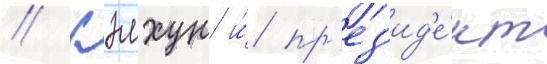
// Кэлхун и́ пр'ез'ид'е́нт